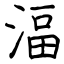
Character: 湢